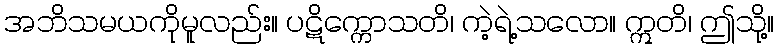
အဘိသမယကိုမူလည်း။ ပဋိက္ကောသတိ၊ ကဲ့ရဲ့သလော။ ဣတိ၊ ဤသို့။